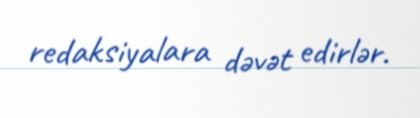
redaksiyalara dəvət edirlər.